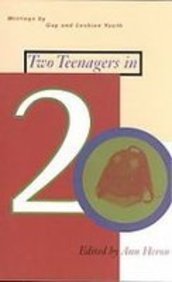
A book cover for Two Teenagers in Twenty: Writings by Gay & Lesbian Youth; Teen & Young Adult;